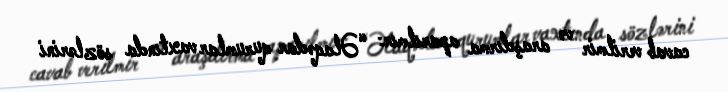
cavab verilmir və araşdırma aparılmır: “Əlaqədar qurumlar vaxtında sözlərini